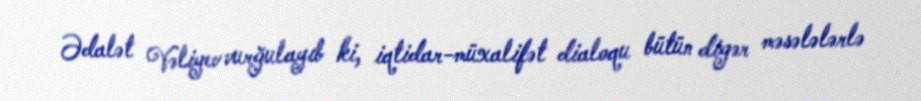
Ədalət Vəliyev vurğulayıb ki, iqtidar-müxalifət dialoqu bütün digər məsələlərlə